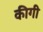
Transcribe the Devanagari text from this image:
कीगी